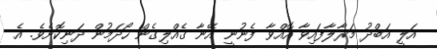
އަލީ އަބްދު މަރާލާފައިވާ އޮއްވާ ފެނުނީ އޭނާ ގެއްލިގެން ހޯދަމުން ދަނިކޮށެވެ. އެ